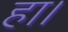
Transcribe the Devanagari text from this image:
हा।